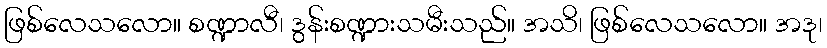
ဖြစ်လေသလော။ စဏ္ဍာလီ၊ ဒွန်းစဏ္ဍားသမီးသည်။ အသိ၊ ဖြစ်လေသလော။ အဒု၊